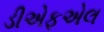
ડીએફએલ